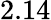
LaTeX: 2.14